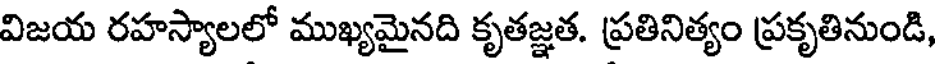
విజయ రహస్యాలలో ముఖ్యమైనది కృతజ్ఞత. ప్రతినిత్యం ప్రకృతినుండి,